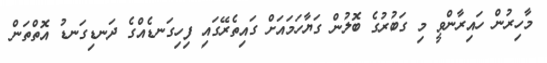
މާހިރުން ހައިރާންވީ މި ގަބުރުގެ ބޮލުން ގަޔާހަމައަށް ގައިތެރޭގައި ފިހިގަނޑެއްގެ ދަނޑިގަނޑު އޮތްތަން